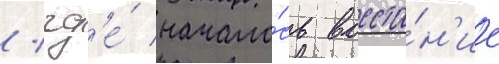
/ гд'е́ начало́сь восста́н'ие